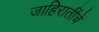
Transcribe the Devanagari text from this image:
जाहिरातींचे